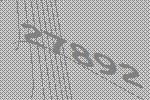
27892